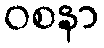
ဝစနာ